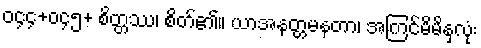
ဝ၄၄+ဝ၄၅+ စိတ္တဿ၊ စိတ်၏။ ယာအနတ္တမနတာ၊ အကြင်မိမိနှလုံး